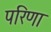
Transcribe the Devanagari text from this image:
परिणा